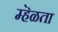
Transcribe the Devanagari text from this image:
म्हॆळता